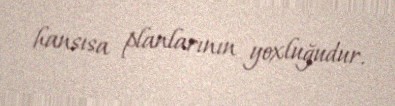
hansısa planlarının yoxluğudur.